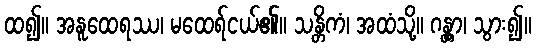
ထ၍။ အနူထေရဿ၊ မထေရ်ငယ်၏။ သန္တိကံ၊ အထံသို့။ ဂန္တွာ၊ သွား၍။